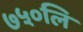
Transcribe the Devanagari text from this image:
७५०लि